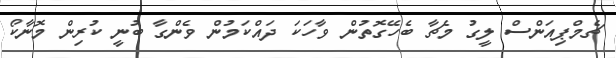
ޗެމްޕިއަންސް ލީގު މެޗާ ބެހޭގޮތުން ވާހަކަ ދައްކަމުން ވެންގާ ބުނީ ކުރިން މޮނާކޯ